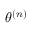
\theta ^ { ( n ) }